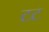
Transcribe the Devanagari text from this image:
टट